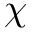
\chi